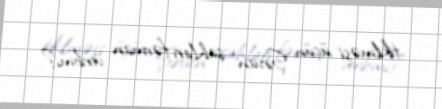
tikilməsi üçün Şirvan şahları fərman veribmi?.